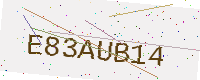
Text: E83AUB14